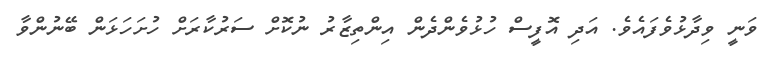
ވަނީ ވިދާޅުވެފައެވެ. އަދި އޮފީސް ހުޅުވެންދެން އިންތިޒާރު ނުކޮށް ސަރުކާރަށް ހުށަހަޅަން ބޭނުންވާ